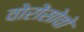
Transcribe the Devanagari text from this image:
वोरोंसोवो